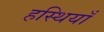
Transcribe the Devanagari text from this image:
हस्थियाँ